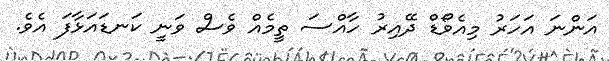
އަންނަ އަހަރު މިއެވޯޑް ދޭއިރު ހާއްސަ ތީމެއް ވެސް ވަނީ ކަނޑައަޅާފަ އެވެ.